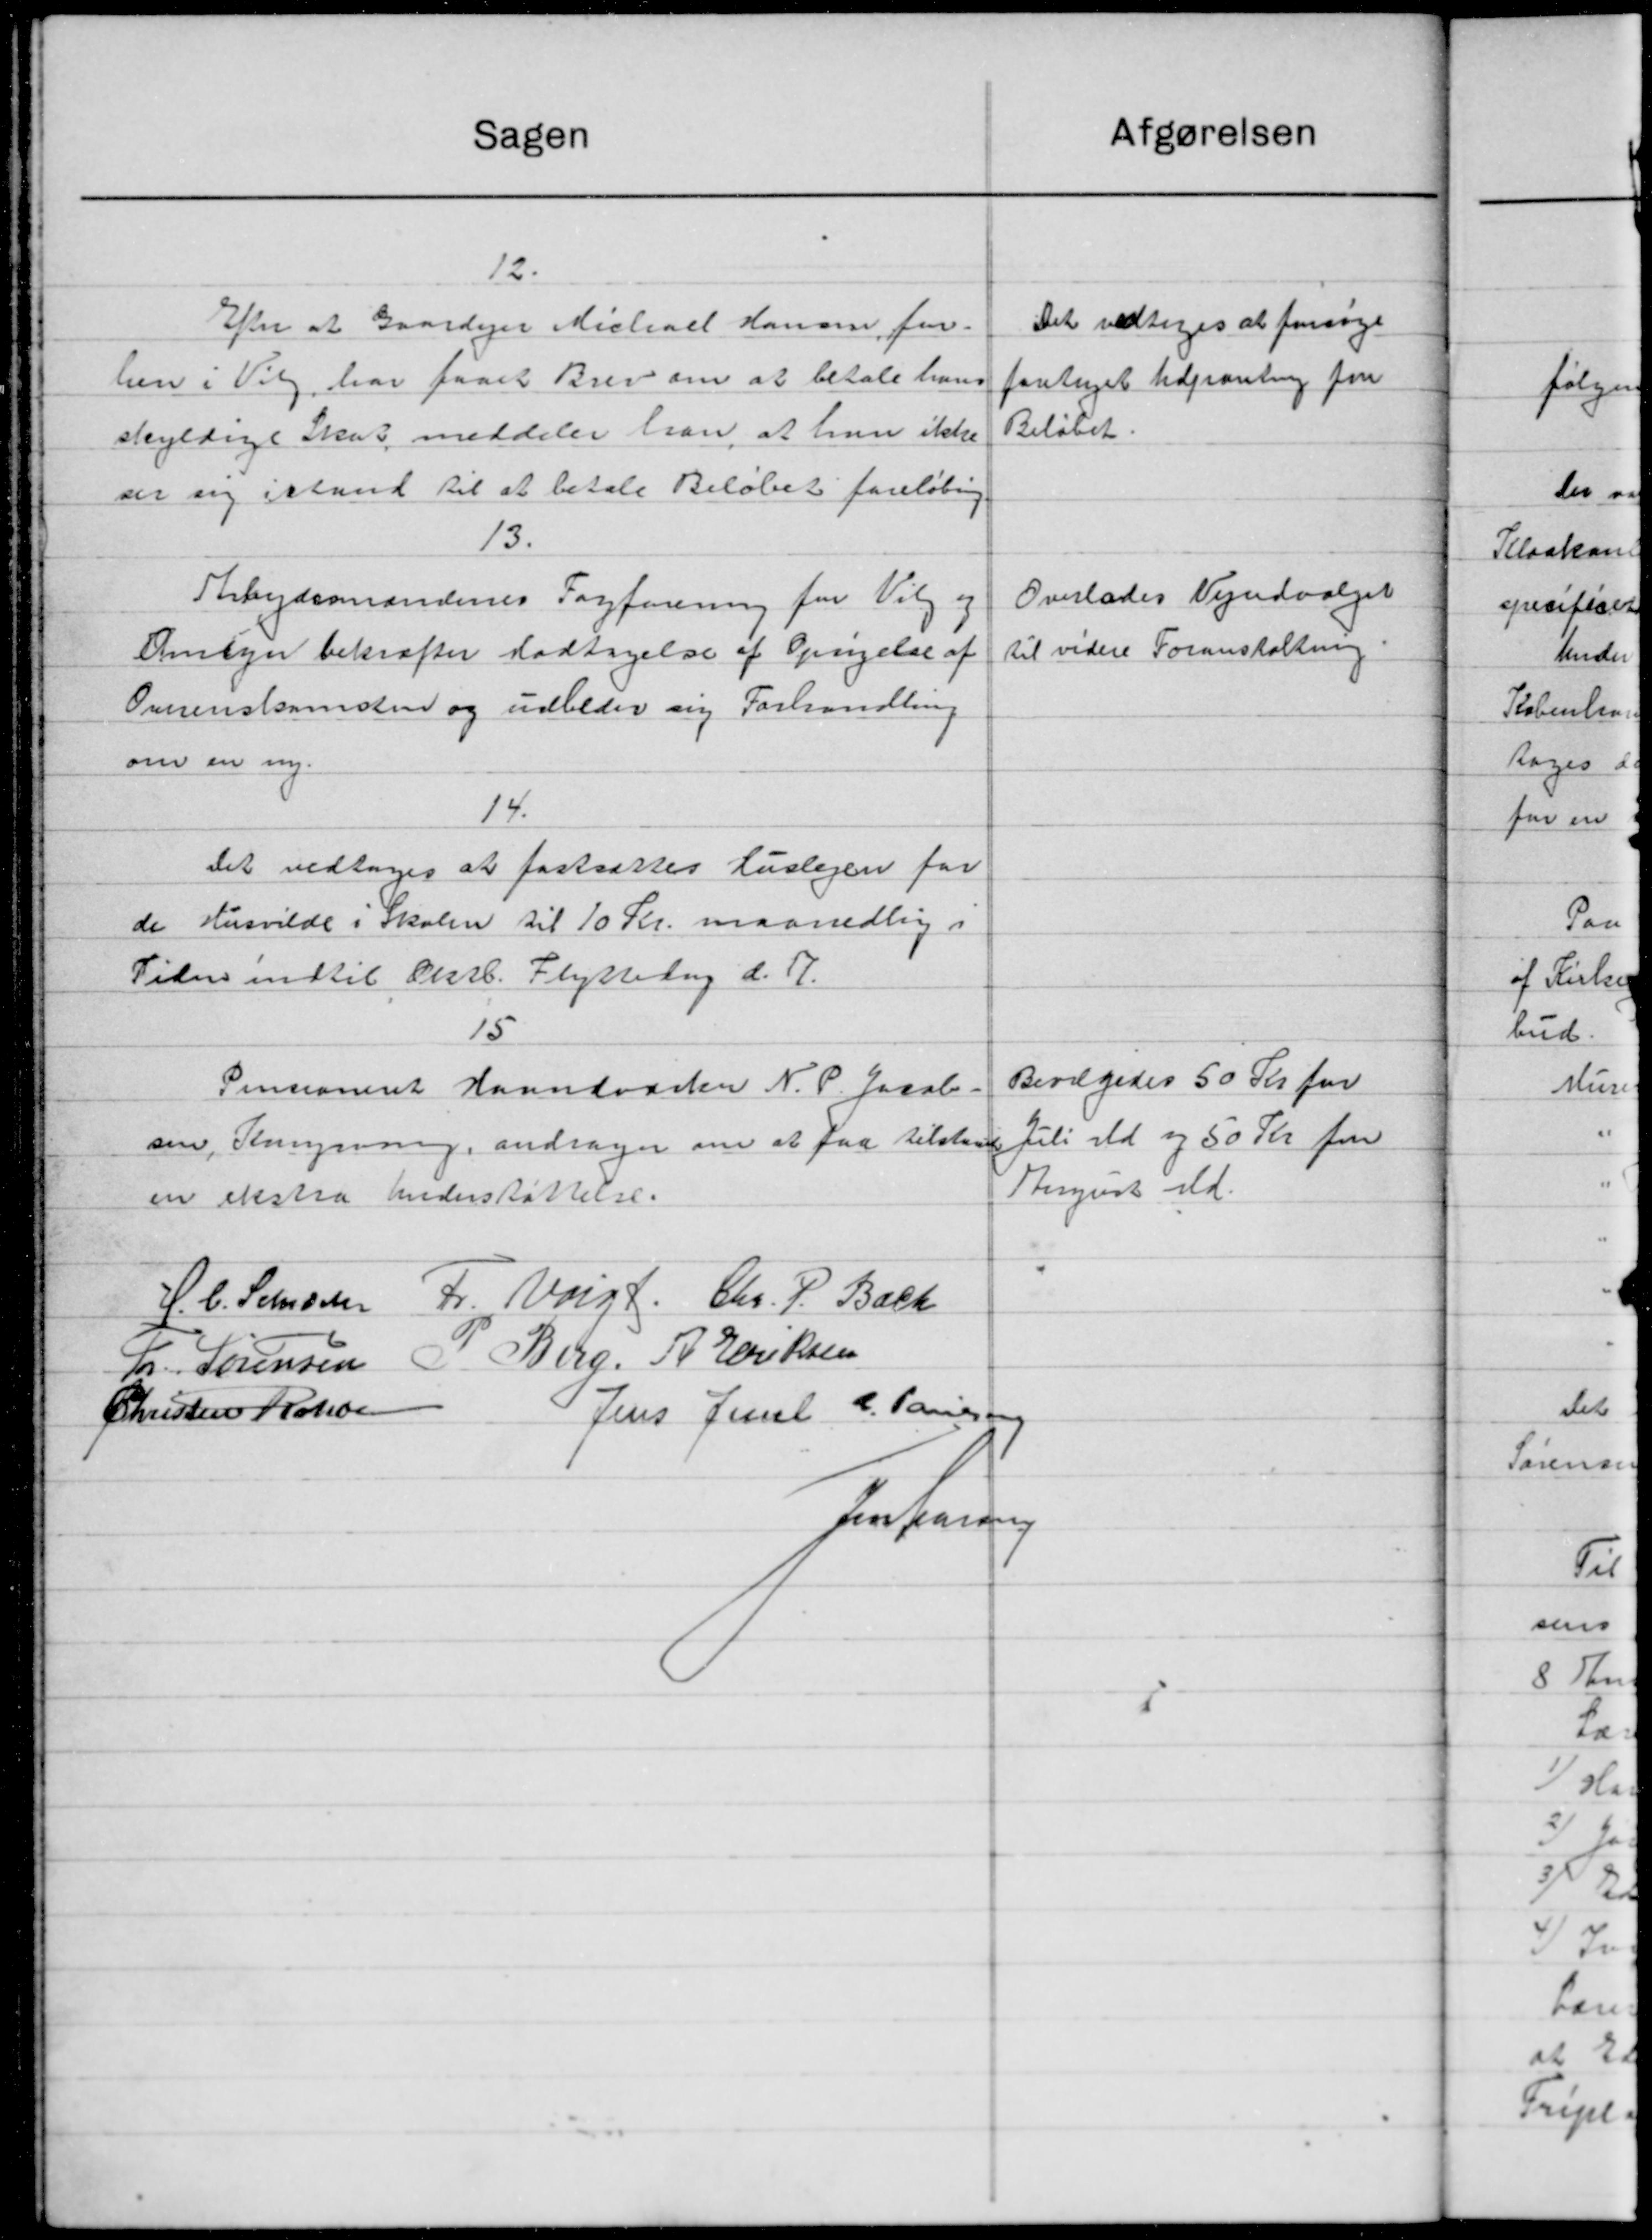
Transskription:
Afgørelsen
Sagen
12.
Det vedtoges at forsøge
Efter at Gaardejer Michael Hansen for
len i Valg har faaet Brev om at betale hans
foretaget Udganling for
Beløbet.
skyldige Skat meddeler han, at han ikke
der sig istand til at betale Beløbet foreløbing.
13.
Overlades Vejudvalget
Arbejdsmandenes Fagforening for Valg og
til videre Foranstaltning
Omsyn bekræfter Fodtagelse af Opsigelse af
Overenskomsten og udbeder sig Forhandling
om en ny.
14.
Det vedtoges at fastsættes Huslejen for
de Husvilde i Skolen til 10 Kr. maanedlig i
Tiden indtil Oktb. Flyttedag d. 17.
15
Bevilgedes 50 Kr for
Pensioneret Haandværker N. P. Jacob
Juli Md og 50 Kr fra
sen, Slungning, andrager om at faa tilstaae
Stugust Md.
en ekstra Understøttelse.
F Voigt. Chr. P. Bach
H. C. Schrøder
P. Berg. A. Eriksen
Fr. Sørensen
Christen Kolon
Jens Juul C. Paulsen
Jens Jensen
1